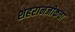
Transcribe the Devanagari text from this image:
शहरानजीकचा